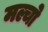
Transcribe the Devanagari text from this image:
मल्चो